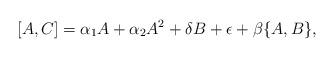
LaTeX: \begin{align*} [A,C]=\alpha_{1} A+\alpha_{2}A^{2}+\delta B+\epsilon +\beta \{A,B\}, \end{align*}